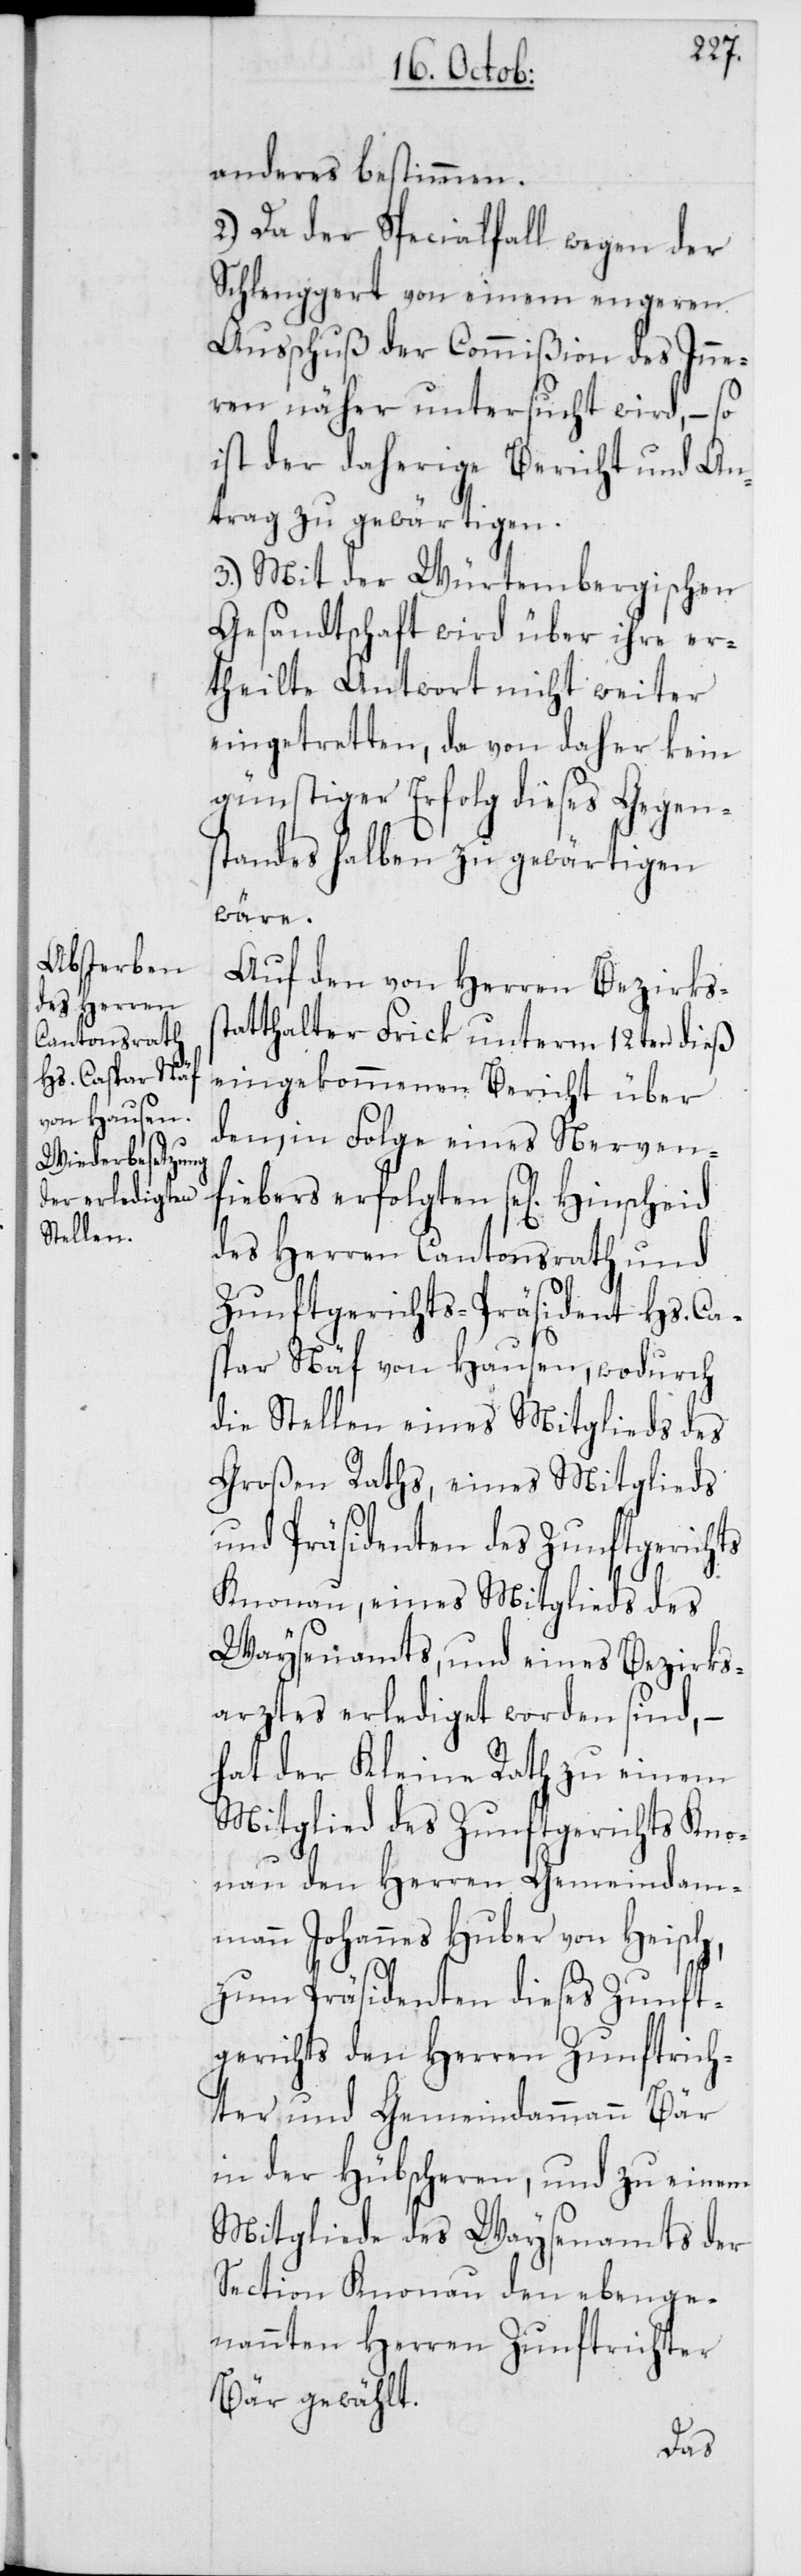
anderes bestimmen.
2. Da der Specialfall wegen der
Schlenggert von einem engeren
Ausschuß der Commißion des Inne¬
ren näher untersucht wird, – so
ist der daherige Bericht und An¬
trag zu gewärtigen.
3. Mit der Würtembergischen
Gesandtschaft wird über ihre er¬
theilte Antwort nicht weiter
eingetretten, da von daher kein
günstiger Erfolg dieses Gegen¬
standes halben zu gewärtigen
wäre.
Auf den von Herren Bezirkss¬
tatthalter Frick unterm 12ten dieß
eingekommenen Bericht über
den, in Folge eines Nerven¬
fiebers erfolgten se[ligen]
des Herren Cantonsrath und
Zunftgerichts-Präsident Hs. Ca¬
spar Näf von Hausen, wodurch
die Stellen eines Mitglieds des
Großen Raths, eines Mitglieds
und Präsidenten des Zunftgerichts
Knonau, eines Mitglieds des
Waysenamts, und eines Bezirks¬
arztes erlediget worden sind, –
hat der Kleine Rath zu einem
Mitglied des Zunftgerichts Kno¬
nau den Herren Gemeindam¬
mann Johannes Huber von Heisch,
zum Präsidenten dieses Zunft¬
gerichts den Herren Zunftrich¬
ter und Gemeindammann Bär
in der Hübscheren, und zu einem
Mitgliede des Waysenamts der
Section Knonau den ebenge¬
nannten Herren Zunftrichter
Bär gewählt.